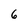
Character: 6